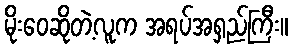
မိုးဝေဆိုတဲ့လူက အရပ်အရှည်ကြီး။